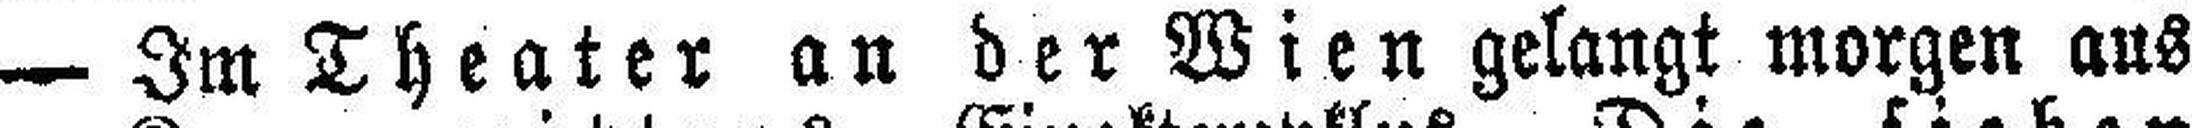
— Im Theater an der Wien gelangt morgen aus